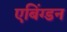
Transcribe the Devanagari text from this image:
एबिंग्डन